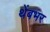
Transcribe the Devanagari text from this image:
थेंबभर